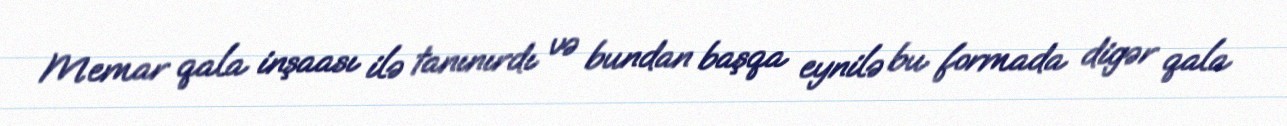
Memar qala inşaası ilə tanınırdı və bundan başqa eynilə bu formada digər qala